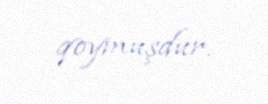
qoymuşdur.